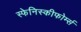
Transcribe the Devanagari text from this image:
स्फेनिस्कीफोर्म्स